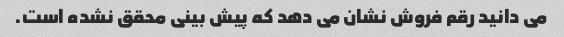
می دانید رقم فروش نشان می دهد که پیش بینی محقق نشده است.